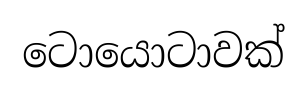
ටොයොටාවක්